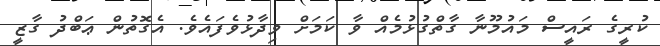
ކުރީގެ ރައީސް މައުމޫނާ ގާތްގުޅުމެއް ވާ ކަމަށް ވިދާޅުވެފައެވެ. އެގޮތުން ޢަބްދު ގާޒީ